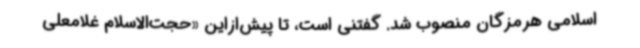
اسلامی هرمزگان منصوب شد. گفتنی است، تا پیش‌ازاین «حجت‌الاسلام غلامعلی